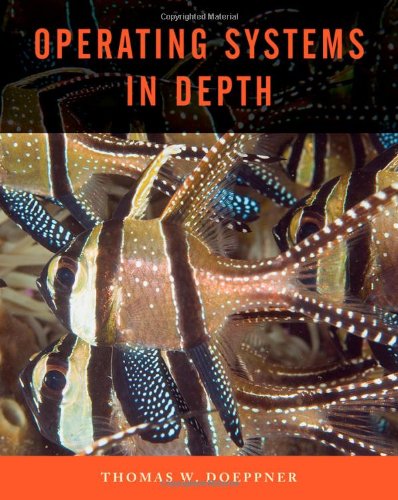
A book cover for Operating Systems In Depth: Design and Programming; Thomas W. Doeppner; Computers & Technology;